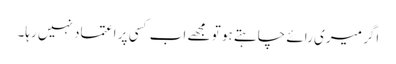
اگر میری رائے چاہتے ہو تو مجھے اب کسی پر اعتماد نہیں رہا۔